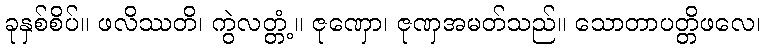
ခုနှစ်စိပ်။ ဖလိဿတိ၊ ကွဲလတ္တံ့။ ဇုဏှော၊ ဇုဏှအမတ်သည်။ သောတာပတ္တိဖလေ၊